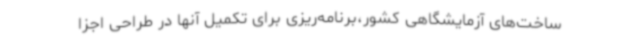
ساخت‌های آزمایشگاهی کشور،برنامه‌ریزی برای تکمیل آنها در طراحی اجزا